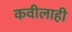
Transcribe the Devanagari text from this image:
कवीलाही